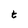
Character: t